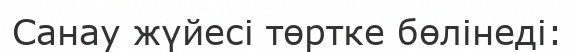
Санау жүйесi төртке бөлiнедi: